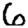
Digit: 6